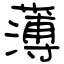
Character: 薄